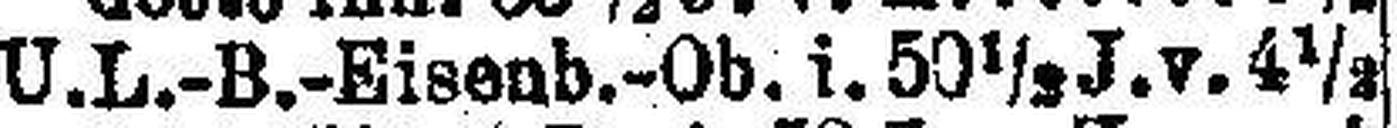
U. L.-B.-Eisenb.-Ob. i. 50½ J.v. 4½